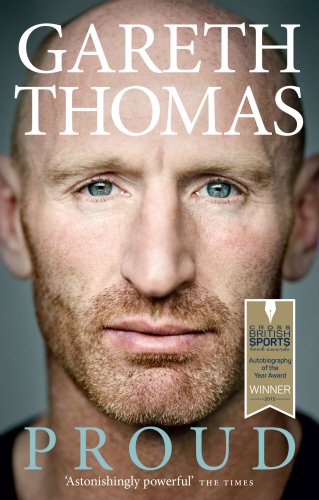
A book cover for Proud: My Autobiography; Gareth Thomas; Sports & Outdoors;